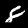
Label: 8